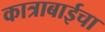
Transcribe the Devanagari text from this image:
कात्राबाईचा